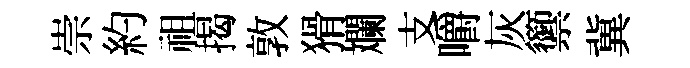
崇約祖揭敦猾斕支嚼灰籞冀